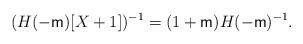
LaTeX: \begin{align*}(H(-\mathsf{m})[X+1])^{-1}=(1+\mathsf{m})H(-\mathsf{m})^{-1}.\end{align*}